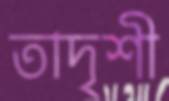
তাদৃশী